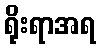
ရိုးရာအရ